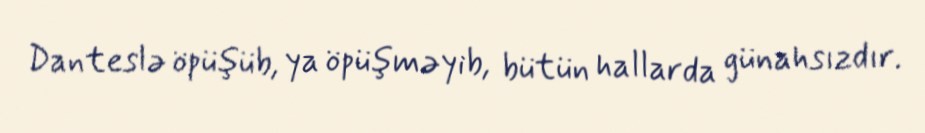
Danteslə öpüşüb, ya öpüşməyib, bütün hallarda günahsızdır.